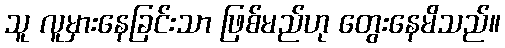
သူ လူမှားနေခြင်းသာ ဖြစ်မည်ဟု တွေးနေမိသည်။